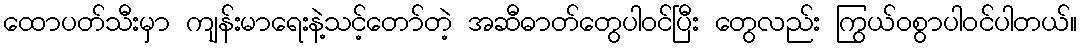
ထောပတ်သီးမှာ ကျန်းမာရေးနဲ့သင့်တော်တဲ့ အဆီဓာတ်တွေပါဝင်ပြီး တွေလည်း ကြွယ်ဝစွာပါဝင်ပါတယ်။